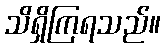
သိရှိကြရသည်။